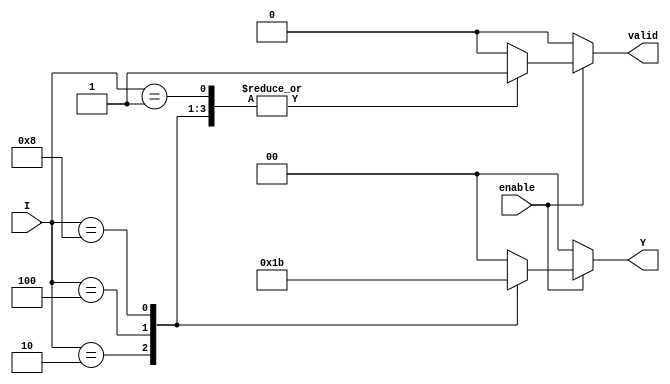
module binary_encoder (
    input wire [3:0] I,      // 4 input lines
    input wire enable,       // Enable signal
    output reg [1:0] Y,      // 2-bit output
    output reg valid         // Valid output signal
);

    always @(*) begin
        if (enable) begin
            case (I)
                4'b0001: begin
                    Y = 2'b00; // I0 is active
                    valid = 1'b1;
                end
                4'b0010: begin
                    Y = 2'b01; // I1 is active
                    valid = 1'b1;
                end
                4'b0100: begin
                    Y = 2'b10; // I2 is active
                    valid = 1'b1;
                end
                4'b1000: begin
                    Y = 2'b11; // I3 is active
                    valid = 1'b1;
                end
                default: begin
                    Y = 2'b00; // Default output for invalid state
                    valid = 1'b0; // No valid input active
                end
            endcase
        end else begin
            Y = 2'b00; // If not enabled, output is 00
            valid = 1'b0; // Not valid
        end
    end

endmodule